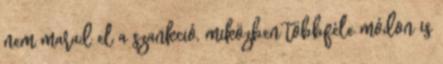
nem marad el a szankció, miközben többféle módon is